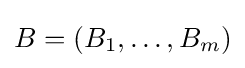
B=(B_{1},\dots ,B_{m})